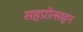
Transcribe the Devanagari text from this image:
सहप्रोत्साहन